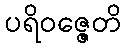
ပရိဝဇ္ဇေတိ